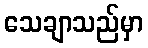
သေချာသည်မှာ